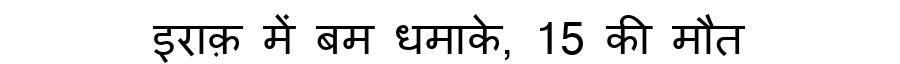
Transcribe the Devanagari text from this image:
इराक़ में बम धमाके, 15 की मौत